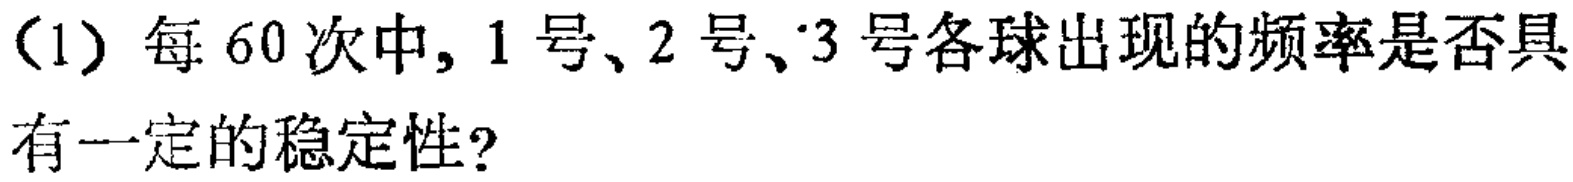
（1）每 60 次中, 1 号、2 号、3 号各球出现的频率是否具有一定的稳定性?